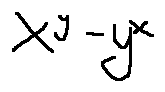
x ^ { y } - y ^ { x }